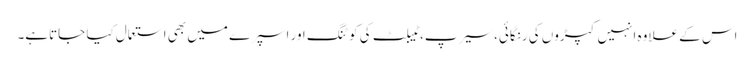
اس کے علاوہ انہیں کپڑوں کی رنگائی، سیرپ، ٹیبلٹ کی کو ٹنگ اور اسپرے میں بھی استعمال کیا جاتاہے۔